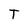
Character: T